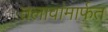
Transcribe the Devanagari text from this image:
तलावांमार्फत